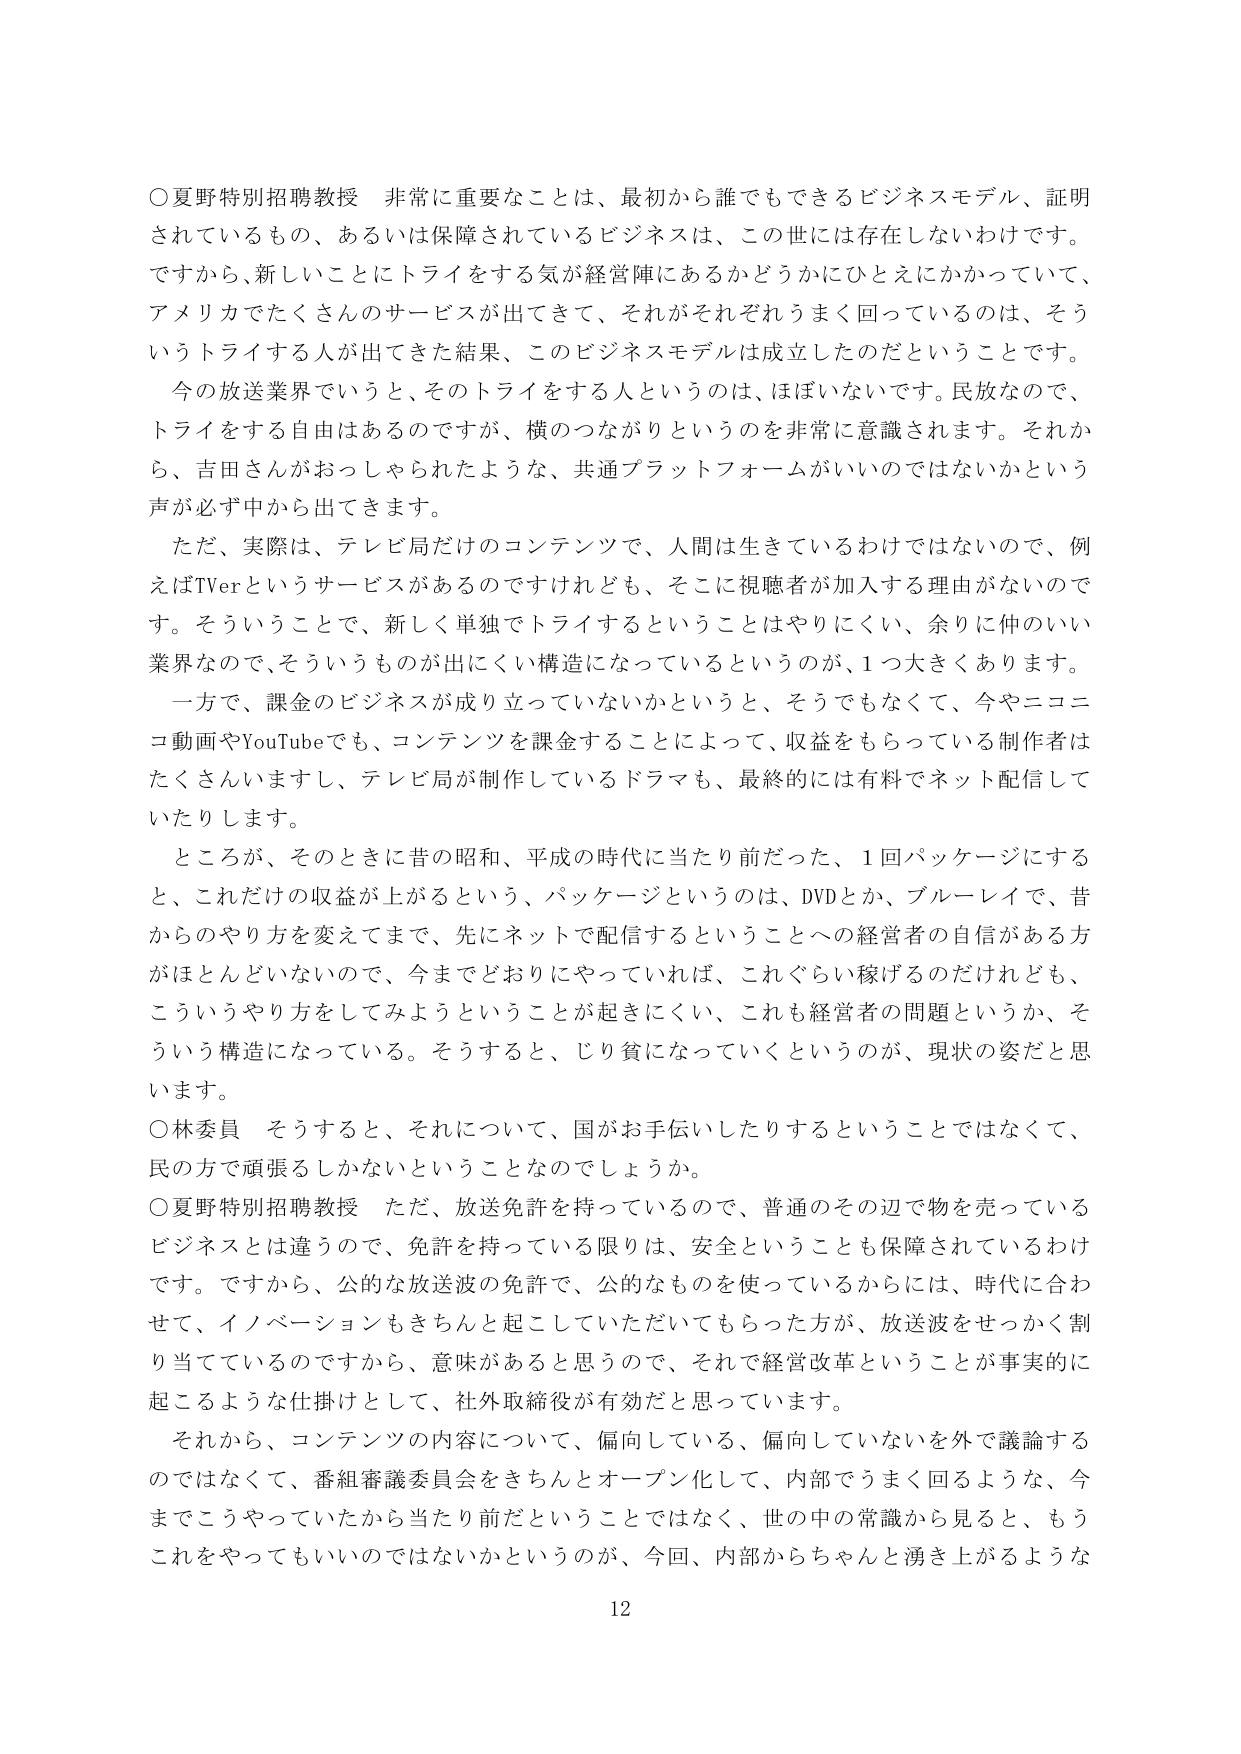
○夏野特別招聘教授　非常に重要なことは、最初から誰でもできるビジネスモデル、証明されているもの、あるいは保障されているビジネスは、この世には存在しないわけです。ですから、新しいことにトライをする気が経営陣にあるかどうかにひとえにかかっていて、アメリカでたくさんのサービスが出てきて、それがそれぞれうまく回っているのは、そういうトライする人が出てきた結果、このビジネスモデルは成立したのだということです。

今の放送業界でいうと、そのトライをする人というのは、ほぼいないです。民放なので、トライをする自由はあるのですが、横のつながりというのを非常に意識されます。それから、吉田さんがおっしゃられたような、共通プラットフォームがいいのではないかという声が必ず中から出てきます。

ただ、実際は、テレビ局だけのコンテンツで、人間は生きているわけではないので、例えばTVerというサービスがあるのですけれども、そこに視聴者が加入する理由がないのです。そういうことで、新しく単独でトライするということはやりにくい、余りに仲のいい業界なので、そういうものが出てにくい構造になっているというのが、1つ大きくあります。

一方で、課金のビジネスが成り立っていないかというと、そうでもなくて、今やニコニコ動画やYouTubeでも、コンテンツを課金することによって、収益をもらっている制作者はたくさんいますし、テレビ局が制作しているドラマも、最終的には有料でネット配信していたりします。

ところが、そのときに昔の昭和、平成の時代に当たり前だった、1回パッケージにすると、これだけの収益が上がるという、パッケージというのは、DVDとか、ブルーレイで、昔からのやり方を変えてまで、先にネットで配信するということへの経営者の自信がある方がほとんどいないので、今までどおりにやっていれば、これぐらい稼げるのだけれども、こういうやり方をしてみようということが起きにくい、これも経営者の問題というか、そういう構造になっている。そうすると、じり貧になっていくというのが、現状の姿だと思います。

○林委員　そうすると、それについて、国がお手伝いしたりするということではなくて、民の方で頑張るしかないということなのでしょうか。

○夏野特別招聘教授　ただ、放送免許を持っているので、普通のその辺で物を売っているビジネスとは違うので、免許を持っている限りは、安全ということも保障されているわけです。ですから、公的な放送波の免許で、公的なものを使っているからには、時代に合わせて、イノベーションもきちんと起こしていただいてもらった方が、放送波をせっかく割り当てているのですから、意味があると思うので、それで経営改革ということが事実的に起こるような仕掛けとして、社外取締役が有効だと思っています。

それから、コンテンツの内容について、偏向している、偏向していないを外で議論するのではなくて、番組審議委員会をきちんとオープン化して、内部でうまく回るような、今までこうやっていたから当たり前だということではなく、世の中の常識から見ると、もうこれをやってもいいのではないかというのが、今回、内部からちゃんと湧き上がるような

12